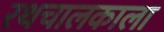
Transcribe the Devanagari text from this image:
रथचालकाला